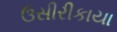
ઉસીરીકાયા